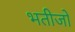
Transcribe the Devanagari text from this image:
भतीजो